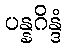
ပန္နဂိန္ဒံ